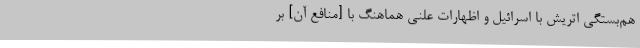
هم‌بستگی‌ اتریش با اسرائیل و اظهارات علنی هماهنگ با [منافع آن] بر